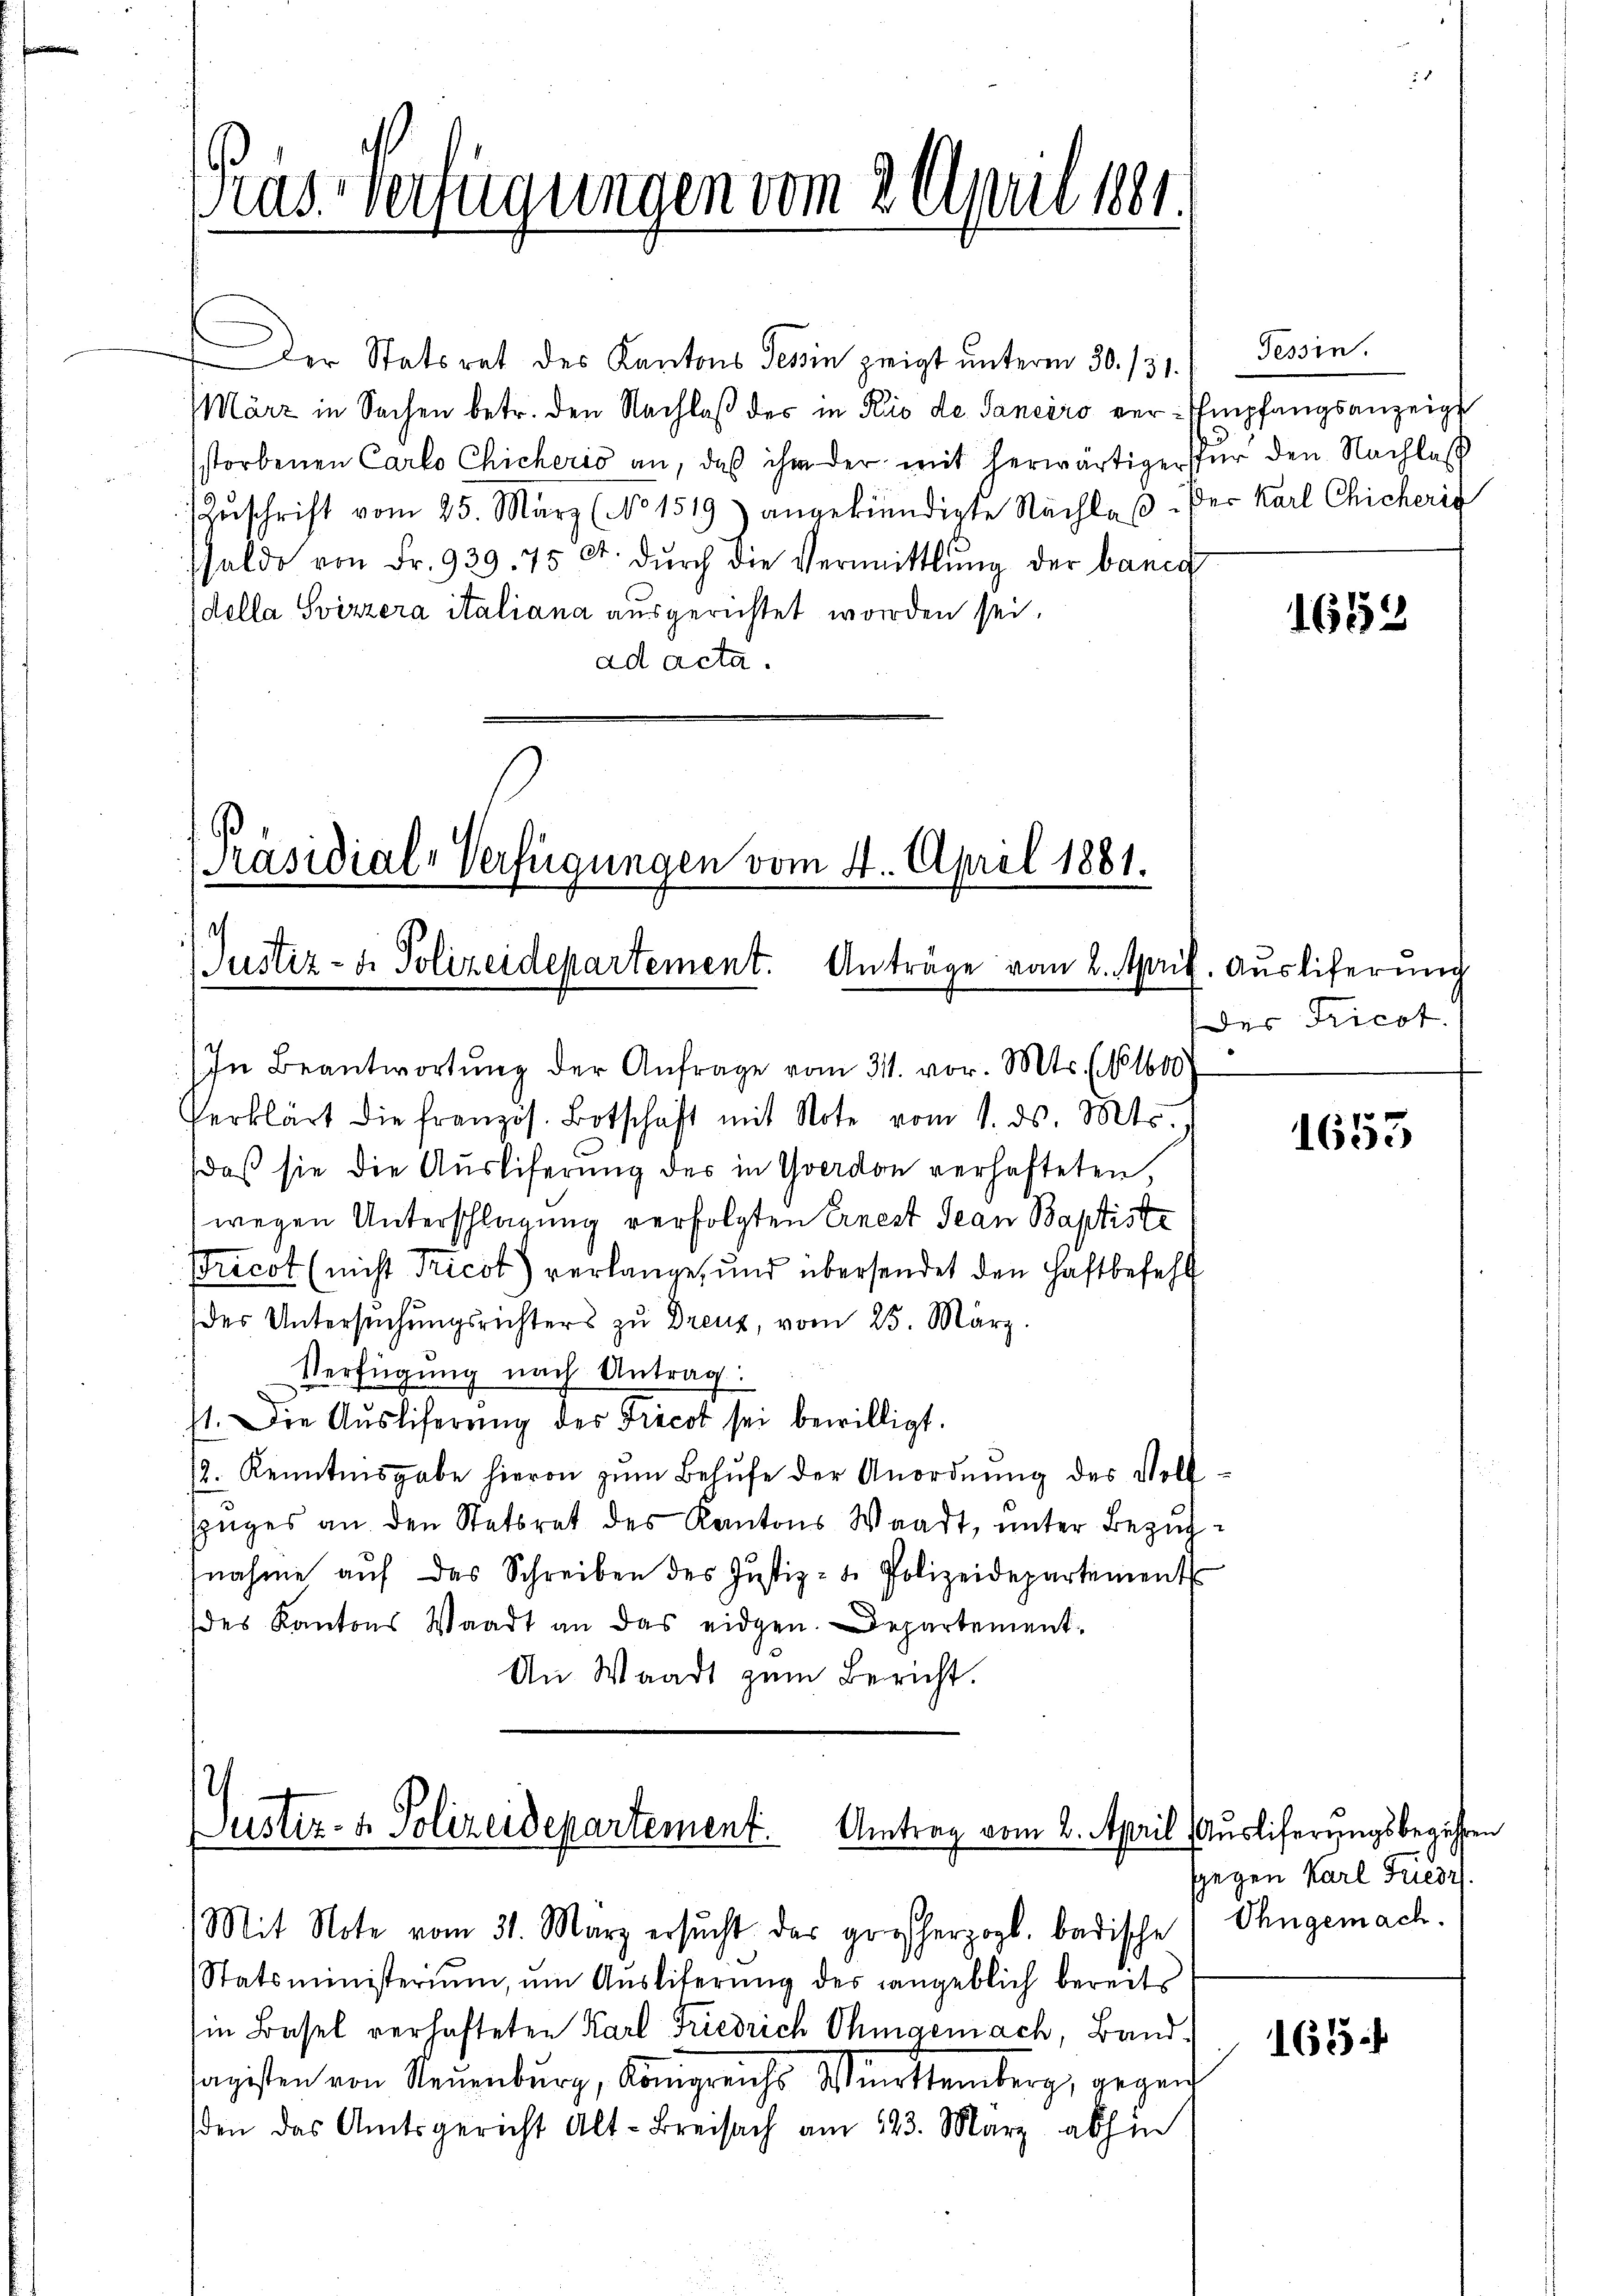
Pras. Verfügungen vom 2. April 1881.

Der Statsrat des Kantons Teßin zeigt unterm 30. 131.
März in Sachen betr. den Nachlaß der in Rio de Saneiro verstorbenen Carlo Chicherio an, daß ihm der mit herwärtiger für den Nachlaß
Zŭschrift vom 25. März (No 1519) angekündigte Nachlaβ. Der Karl Chicherig
saldo von Fr. 939. 75 Ct. dŭrch die Vermittlung der banca
della Svizzera italiana ausgerichtet worden sei.
ad acta.

Präsidial-Verfügungen vom 4. April 1881.
1
Justiz- u. Polizeidepartement. Anträge vom 2. April. Ausliferung

In Beantwortung der Anfrage vom 31. vor. Mts. No 1600
Verklärt die französ. Botschaft mit Note vom 1. ds. Mts.
daß sie die Auslieferung der in Yverdon verhafteten,
wegen Unterschlagung verfolgten Ernest Jean Baptiste
Pricot (nicht Tricot) verlange, und übersendet den Haftbefehl
der Untersŭchŭngsrichters zu Dreuz, vom 25. März.
Verfügung nach Antrag:
st. Die Aŭsliferŭng des Tricot sei bewilligt.
2. Kenntnisgabe hievon zum Behufe der Anordnung des Vollszuges an den Stetsrat des Kantons Waadt, unter Bezugfnahme aŭf das Schreiben des Jŭstiz- u. Polizeidepartement
des Kantons Waadt an das eidgen. Departement-
An Waadt zum Bericht.

/
Justiz- & Polizeidepartement.
Umtrag vom 2. April
Mit Note vom 31. März ersŭcht das großherzogl. badische (Ohngemach.

Tessin.
Empfangsanzeige

Statsministerium, um Ausliferung des angeblich bereits
in Basel verhafteten Karl Friedrich Ohmgemach, Band-
agisten von Neuenburg, Königreichs Württemberg, gegen
den das Amtsgericht Alt-Freisach am 123. März abhin

1652

des Tricot.

1653

Auslieferungsbegehren
sgegen Karl Friedr

165